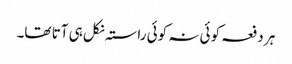
ہر دفعہ کوئی نہ کوئی راستہ نکل ہی آتا تھا۔